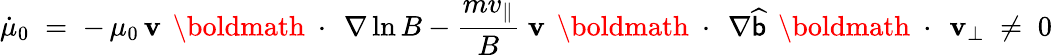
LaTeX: \dot{\mu}_{0}\; =\; -\, \mu_{0}\, {\mathbf v}\, \mathrm{~\boldmath~\cdot~}\, \nabla\ln B-\frac{mv_{\| }}{B}\; {\mathbf v}\, \mathrm{~\boldmath~\cdot~}\, \nabla\widehat{{\sf b}}\, \mathrm{~\boldmath~\cdot~}\, {\mathbf v}_{\bot}\; \neq\; 0